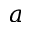
a